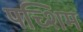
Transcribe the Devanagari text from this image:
पच्शिम